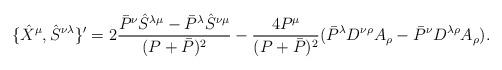
LaTeX: \begin{align*}\{\hat{X}^{\mu }, \hat{S}^{\nu \lambda }\}'=2\frac{\bar{P}^{\nu }\hat{S}^{\lambda \mu }-\bar{P}^{\lambda }\hat{S}^{\nu \mu }}{(P+\bar{P})^2}-\frac{4P^{\mu }}{(P+\bar{P})^2}(\bar{P}^{\lambda }D^{\nu \rho }A_{\rho }-\bar{P}^{\nu }D^{\lambda \rho }A_{\rho }). \\\end{align*}